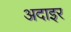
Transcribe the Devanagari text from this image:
अदाइर